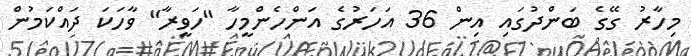
މިހާރު ގޭގެ ބަންދުގައި އިން 36 އަހަރުގެ އަންހެންމީހާ "ހަވީރާ" ވާހަކަ ދައްކަމުން